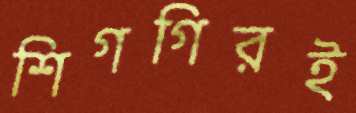
শিগগিরই